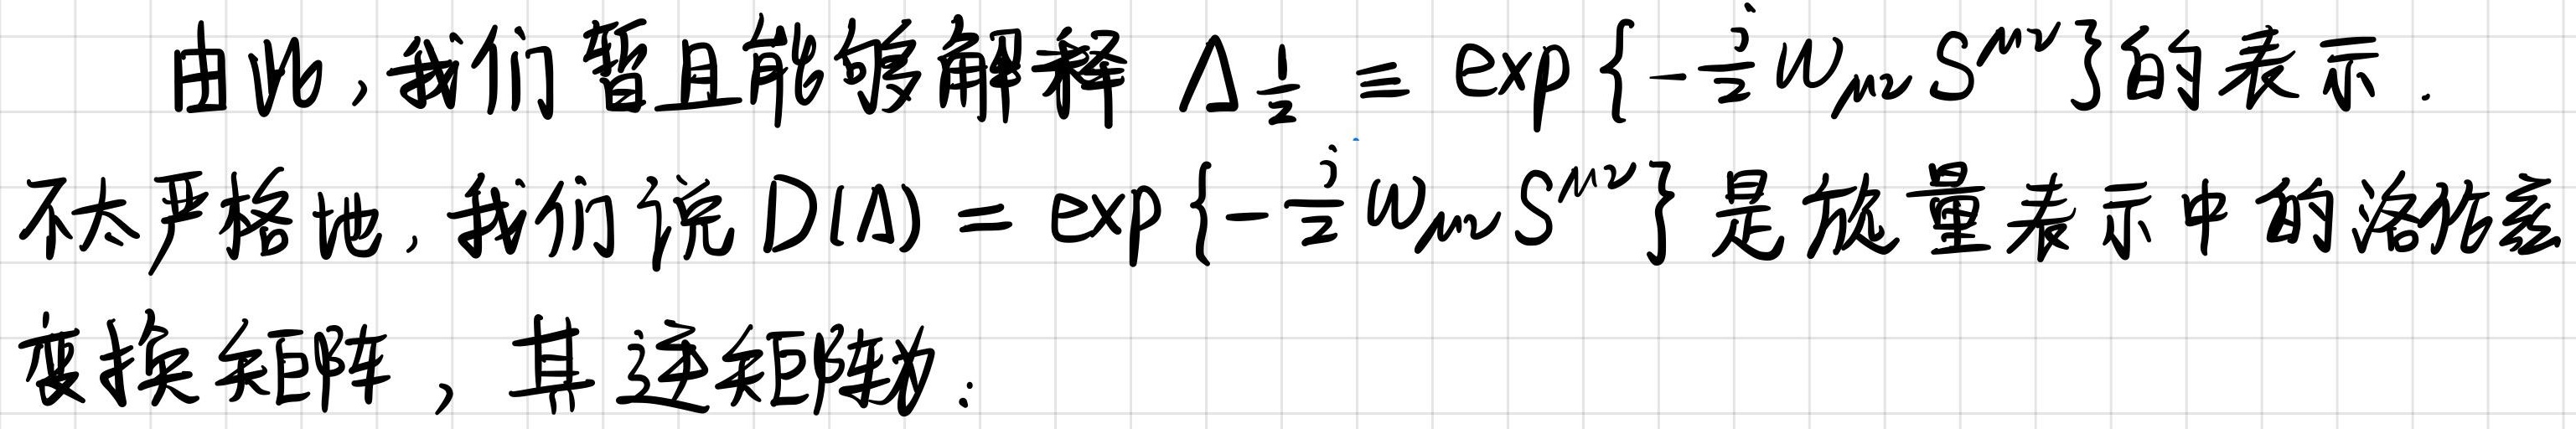
由此，我们暂且能够解释 $\Delta_{\frac{1}{2}} \equiv \exp \left\{-\frac{\mathrm{i}}{2} \omega_{\mu \nu} S^{\mu \nu}\right\}$ 的表示. 不太严格地，我们说 $D(\Lambda)=\exp \left\{-\frac{\mathrm{i}}{2} \omega_{\mu \nu} S^{\mu \nu}\right\}$ 是旋量表示中的洛伦兹变换矩阵，其逆矩阵为：